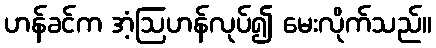
ဟန်ခင်က အံ့ဩဟန်လုပ်၍ မေးလိုက်သည်။